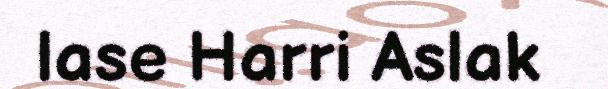
lase Harri Aslak